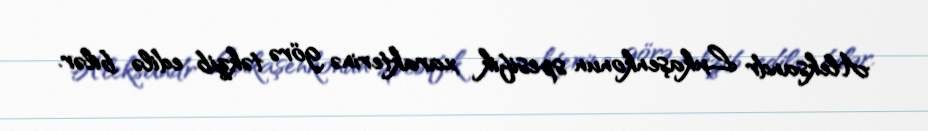
Aleksandr Lukaşenkonun spesifik xarakterinə görə təkzib edilə bilər.